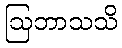
ဩဘာသသိ